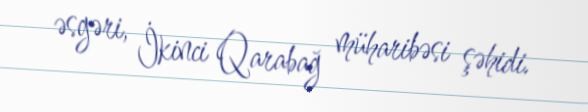
əsgəri, İkinci Qarabağ müharibəsi şəhidi.